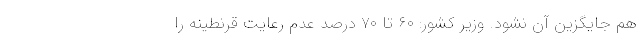
هم جایگزین آن نشود. وزیر کشور: ۶۰ تا ۷۰ درصد عدم رعایت قرنطینه را